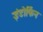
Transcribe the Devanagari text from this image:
इंडोर्फिन